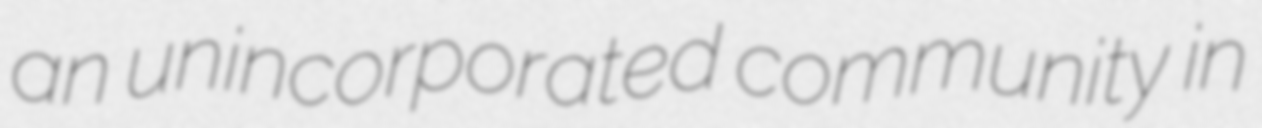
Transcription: an unincorporated community in